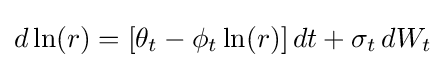
d\ln(r)=[\theta _{t}-\phi _{t}\ln(r)]\,dt+\sigma _{t}\,dW_{t}